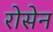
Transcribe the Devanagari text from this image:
रोसेन